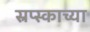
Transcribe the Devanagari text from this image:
स्रप्स्काच्या